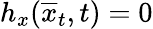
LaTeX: h_{x}(\overline{{x}}_{t},t)=0